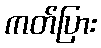
ကတ်ပြား